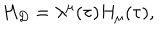
H _ { D } = \lambda ^ { \mu } ( \tau ) H _ { \mu } ( \tau ) ,